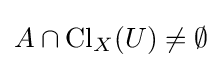
A\cap \operatorname {Cl} _{X}(U)\neq \emptyset